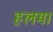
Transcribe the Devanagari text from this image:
हलमा